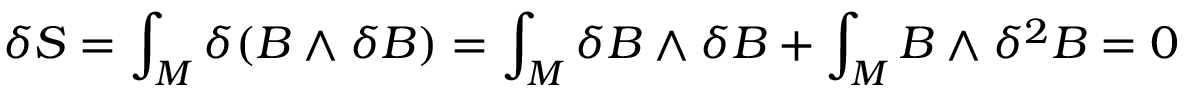
\delta S = \int _ { M } \delta ( B \wedge \delta B ) = \int _ { M } \delta B \wedge \delta B + \int _ { M } B \wedge \delta ^ { 2 } B = 0